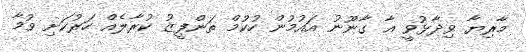
މާރިޔާ ވިދާޅުވީ އާ ގާނޫނު އައުމުން ހުކުމް ތަންފީޒު ކުރާލެއް ހަރުކަށި ވުމާ